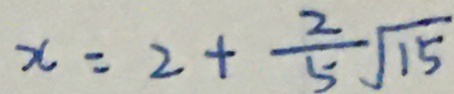
x = 2 + \frac { 2 } { 5 } \sqrt { 1 5 }